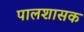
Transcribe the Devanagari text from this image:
पालशासक